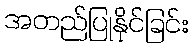
အတည်ပြုနိုင်ခြင်း